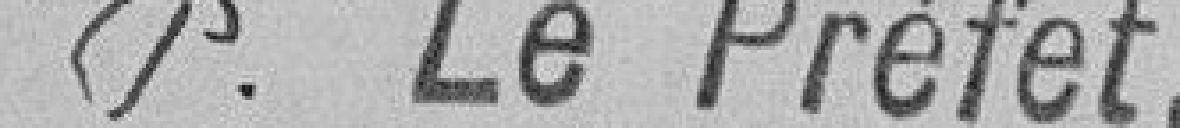
P. Le Préfet